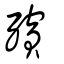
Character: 殯